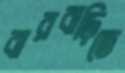
বারবাড়িতে